Scottish Leaving Certificate Examination, 1959
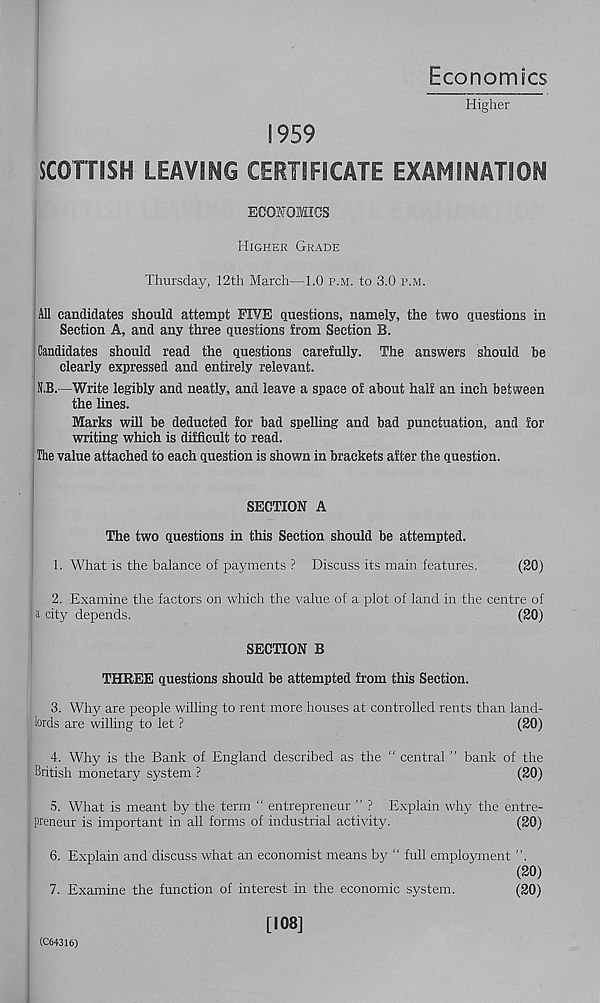
Economics
Higher
1959
SCOHISH LEAVING CERTIFICATE EXAMINATION
ECONOMICS
Higher Grade
Thursday, 12th March—1.0 p.m. to 3.0 p.m.
All candidates should attempt FIVE questions, namely, the two questions in
Section A, and any three questions from Section B.
Candidates should read the questions carefully. The answers should be
clearly expressed and entirely relevant.
N.B.—Write legibly and neatly, and leave a space of about half an inch between
the lines.
Marks will be deducted for bad spelling and bad punctuation, and for
writing which is difficult to read.
The value attached to each question is shown in brackets after the question.
SECTION A
The two questions in this Section should be attempted.
1. What is the balance of payments ? Discuss its main features.
(20)
2. Examine the factors on which the value of a plot of land in the centre of
ja city depends.
(20)
SECTION B
THREE questions should be attempted from this Section.
3. Why are people willing to rent more houses at controlled rents than land-
lords are willing to let ?
(20)
4. Why is the Bank of England described as the “ central ” bank of the
British monetary system ?
(20)
5. What is meant by the term “ entrepreneur ” ? Explain why the entre-
preneur is important in all forms of industrial activity.
(20)
6. Explain and discuss what an economist means by “ full employment ”.
(20)
7. Examine the function of interest in the economic system.
(20)
(C64316)
[108]